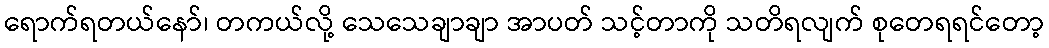
ရောက်ရတယ်နော်၊ တကယ်လို့ သေသေချာချာ အာပတ် သင့်တာကို သတိရလျက် စုတေရရင်တော့